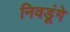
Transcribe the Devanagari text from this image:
निवडूंगे